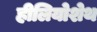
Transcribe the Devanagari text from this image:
हीलियोशेथ